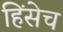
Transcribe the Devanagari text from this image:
हिंसेच